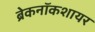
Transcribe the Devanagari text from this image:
ब्रेकनॉकशायर